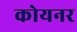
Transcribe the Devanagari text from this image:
कोयनर